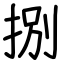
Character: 捌